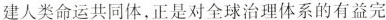
建人类命运共同体，正是对全球治理体系的有益完